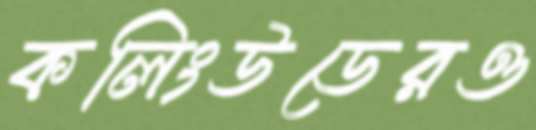
কলিংউডেরও